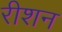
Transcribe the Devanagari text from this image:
रीशन